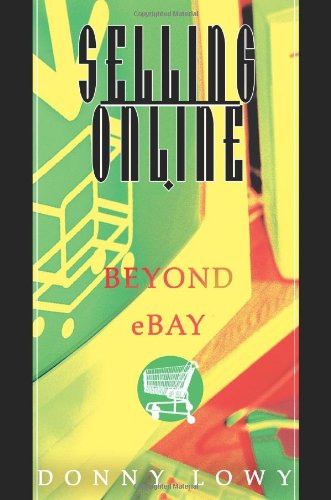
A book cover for Selling Online: Beyond eBay; DONNY LOWY; Computers & Technology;